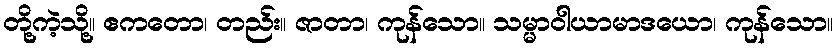
တို့ကဲ့သို့။ ဧကတော၊ တည်း။ ဇာတာ၊ ကုန်သော။ သမ္မာဝါယာမာဒယော၊ ကုန်သော။